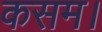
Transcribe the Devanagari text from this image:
कसम।